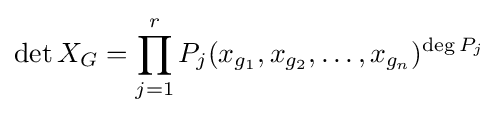
\det X_{G}=\prod _{j=1}^{r}P_{j}(x_{g_{1}},x_{g_{2}},\dots ,x_{g_{n}})^{\deg P_{j}}